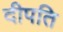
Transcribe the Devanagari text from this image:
दीपति